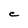
Character: C